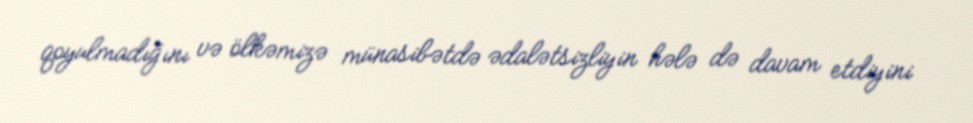
qoyulmadığını və ölkəmizə münasibətdə ədalətsizliyin hələ də davam etdiyini